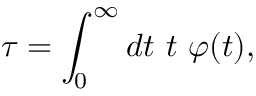
\tau = \int _ { 0 } ^ { \infty } d t \ t \ \varphi ( t ) ,